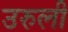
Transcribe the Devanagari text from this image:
उरुली